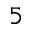
_ 5